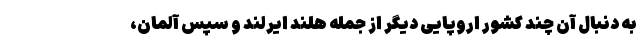
به دنبال آن چند کشور اروپایی دیگر از جمله هلند ایرلند و سپس آلمان،